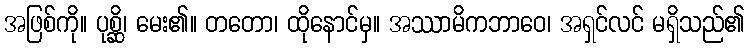
အဖြစ်ကို။ ပုစ္ဆိ၊ မေး၏။ တတော၊ ထိုနောင်မှ။ အဿာမိကဘာဝေ၊ အရှင်လင် မရှိသည်၏